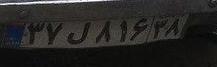
۳۷ل۸۱۶۳۸